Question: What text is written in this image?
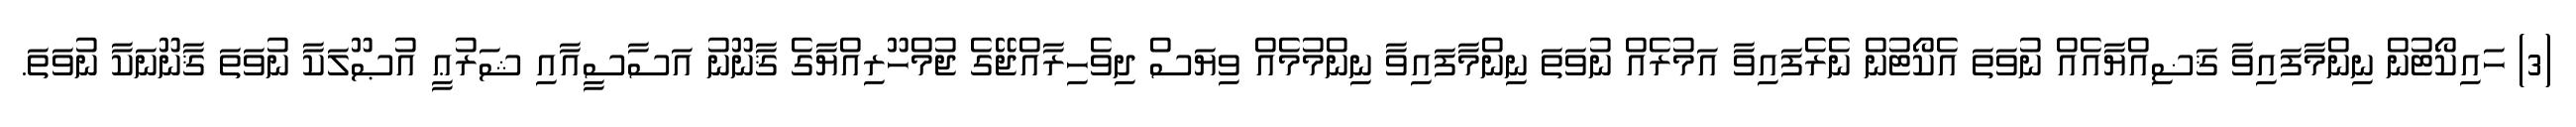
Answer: (3) ހައިކޯޓުން ނިންމާފައިވާ ޤަޟިއްޔާއެއް ނުވަތަ އެކޯޓުން ނެރެފައިވާ އަމުރެއް ނުވަތަ ނިންމާފައިވާ ނިންމުމެއް ވިޔަސް ދިވެހިރާއްޖޭގެ ޖުމްހޫރިއްޔާގެ ޤާނޫނު އަސާސީއާއި ޝަރުޢީ އުޞޫލަކާ ނުވަތަ ޤާނޫނަކާ ނުވަތަ.